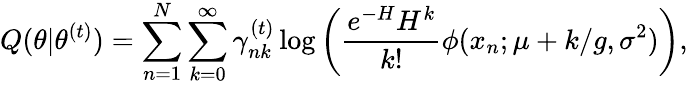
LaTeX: Q(\theta|\theta^{(t)})=\sum_{n=1}^{N}\sum_{k=0}^{\infty}\gamma_{nk}^{(t)}\log\left(\frac{e^{-H}H^{k}}{k!}\phi(x_{n};\mu+k/g,\sigma^{2})\right),